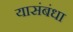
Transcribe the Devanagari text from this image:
यासंबंधा